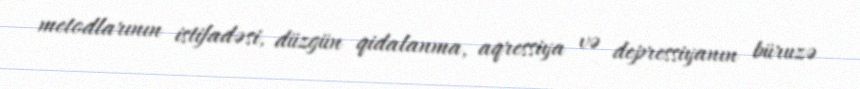
metodlarının istifadəsi, düzgün qidalanma, aqressiya və depressiyanın büruzə